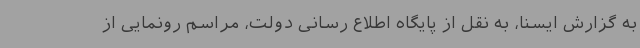
به گزارش ایسنا، به نقل از پایگاه اطلاع رسانی دولت، مراسم رونمایی از